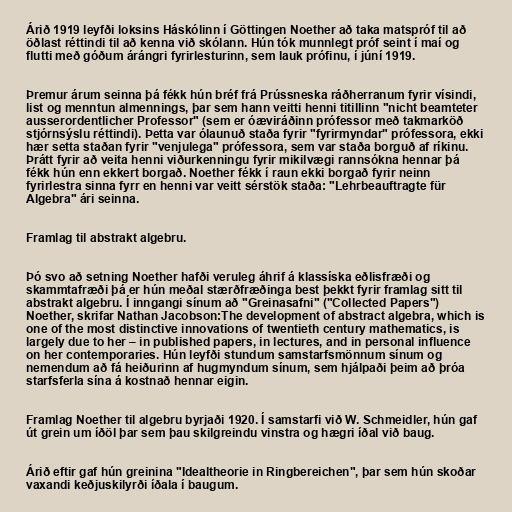
Árið 1919 leyfði loksins Háskólinn í Göttingen Noether að taka matspróf til að
öðlast réttindi til að kenna við skólann. Hún tók munnlegt próf seint í maí og
flutti með góðum árángri fyrirlesturinn, sem lauk prófinu, í júní 1919.

Þremur árum seinna þá fékk hún bréf frá Prússneska ráðherranum fyrir vísindi,
list og menntun almennings, þar sem hann veitti henni titillinn "nicht beamteter
ausserordentlicher Professor" (sem er óæviráðinn prófessor með takmarköð
stjórnsýslu réttindi). Þetta var ólaunuð staða fyrir "fyrirmyndar" prófessora, ekki
hær setta staðan fyrir "venjulega" prófessora, sem var staða borguð af ríkinu.
Þrátt fyrir að veita henni viðurkenningu fyrir mikilvægi rannsókna hennar þá
fékk hún enn ekkert borgað. Noether fékk í raun ekki borgað fyrir neinn
fyrirlestra sinna fyrr en henni var veitt sérstök staða: "Lehrbeauftragte für
Algebra" ári seinna.

Framlag til abstrakt algebru.

Þó svo að setning Noether hafði veruleg áhrif á klassíska eðlisfræði og
skammtafræði þá er hún meðal stærðfræðinga best þekkt fyrir framlag sitt til
abstrakt algebru. Í inngangi sínum að "Greinasafni" ("Collected Papers")
Noether, skrifar Nathan Jacobson:The development of abstract algebra, which is
one of the most distinctive innovations of twentieth century mathematics, is
largely due to her – in published papers, in lectures, and in personal influence
on her contemporaries. Hún leyfði stundum samstarfsmönnum sínum og
nemendum að fá heiðurinn af hugmyndum sínum, sem hjálpaði þeim að þróa
starfsferla sína á kostnað hennar eigin.

Framlag Noether til algebru byrjaði 1920. Í samstarfi við W. Schmeidler, hún gaf
út grein um íðöl þar sem þau skilgreindu vinstra og hægri íðal við baug.

Árið eftir gaf hún greinina "Idealtheorie in Ringbereichen", þar sem hún skoðar
vaxandi keðjuskilyrði íðala í baugum.